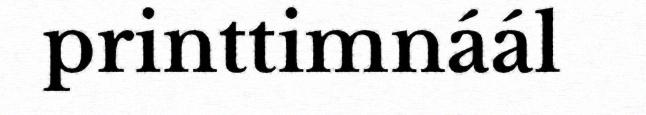
printtimnáál